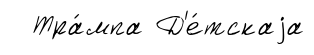
Тра́мпа Д'е́тскаjа